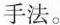
手法。